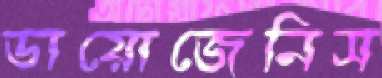
ডায়োজেনিস